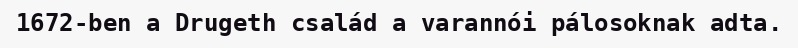
1672-ben a Drugeth család a varannói pálosoknak adta.